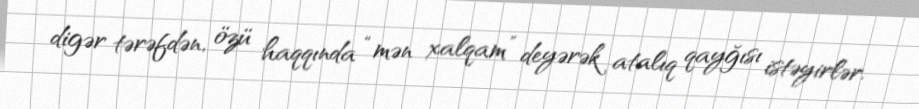
digər tərəfdən, özü haqqında “mən xalqam” deyərək atalıq qayğısı istəyirlər.